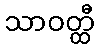
သာဝတ္ထီ